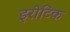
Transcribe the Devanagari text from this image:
इरोटिक